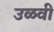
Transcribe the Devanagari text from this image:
उळवी